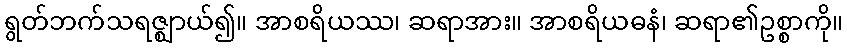
ရွတ်ဘက်သရဇ္ဈာယ်၍။ အာစရိယဿ၊ ဆရာအား။ အာစရိယဓနံ၊ ဆရာ၏ဥစ္စာကို။